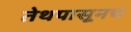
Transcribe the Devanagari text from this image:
तेथपासूनच